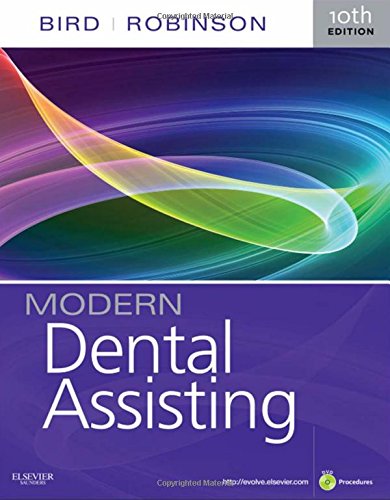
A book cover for Modern Dental Assisting, 10e; Doni L. Bird; Medical Books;